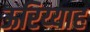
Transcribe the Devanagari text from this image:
ऊरिय्याह